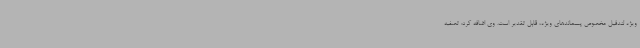
ویژه لندفیل مخصوص پسماندهای ویژه، قابل تقدیر است. وی اضافه کرد: تصفیه